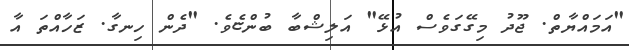
"އަމައްޔާތް. ޖޫދު މިގޭގަވެސް އުޅޭ" އަލިޝްބާ ބުންޏެވެ. "ދެން ހިނގާ. ޒަހާއްތަ އާ